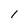
Character: 1